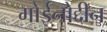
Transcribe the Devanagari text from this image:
मोईनोद्दीन